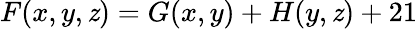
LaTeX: F(x,y,\mathit{z})=G(x,y)+H(y,\mathit{z})+21